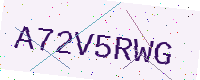
Text: A72V5RWG